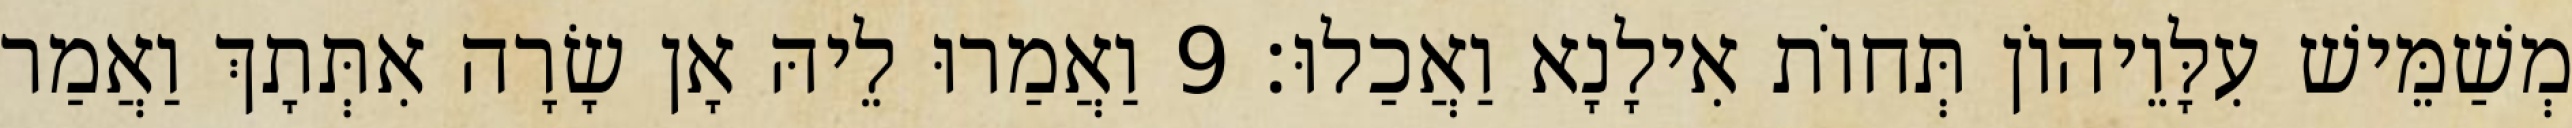
מְשַׁמֵּישׁ עִלָּוֵיהוֹן תְּחוֹת אִילָנָא וַאֲכַלוּ׃ 9 וַאֲמַרוּ לֵיהּ אָן שָׂרָה אִתְּתָךְ וַאֲמַר